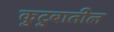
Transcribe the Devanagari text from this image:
कुटुबातील